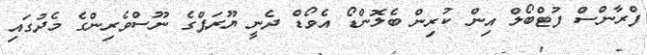
ފްރާންސް ފުޓްބޯލް އިން ކުރިން ބެލޮންޑޯ އެވޯޑް ދެނީ ޔޫރަޕްގެ ނޫސްވެރިންގެ މެދުގައި